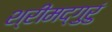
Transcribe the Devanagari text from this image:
श्रीमद्गुरुं